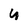
Character: U